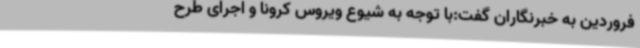
فروردین به خبرنگاران گفت:با توجه به شیوع ویروس کرونا و اجرای طرح